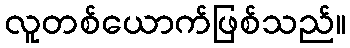
လူတစ်ယောက်ဖြစ်သည်။